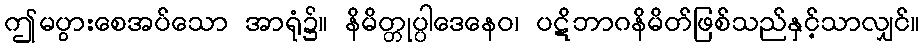
ဤမပွားစေအပ်သော အာရုံ၌။ နိမိတ္တုပ္ပါဒေနေဝ၊ ပဋိဘာဂနိမိတ်ဖြစ်သည်နှင့်သာလျှင်။